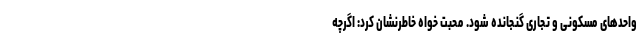
واحدهای مسکونی و تجاری گنجانده شود. محبت خواه خاطرنشان کرد: اگرچه